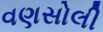
વણસોલી